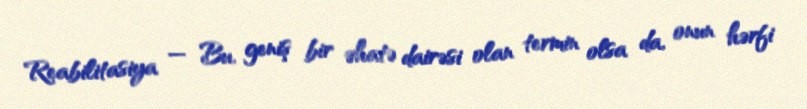
Reabilitasiya — Bu, geniş bir əhatə dairəsi olan termin olsa da, onun hərfi